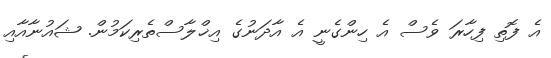
އެ ފޮތި ފިހާރަ ވެސް އެ ހިންގެނީ އެ އާދަނުގެ އިޚްލާސްތެރިކަމުން. ޝައުނާއާއި